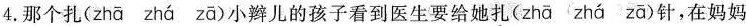
4. 那个扎( zhā zhá zā )小辫儿的孩子看到医生要给她扎( zhā 〈 zhá zā )针，在妈妈